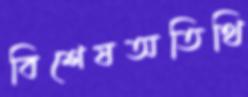
বিশেষঅতিথি